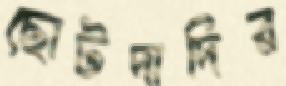
ছোটদাদির